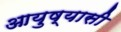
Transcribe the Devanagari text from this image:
आयुष्यासी